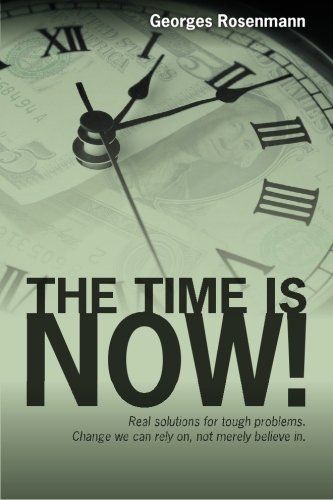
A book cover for The Time Is Now!: Real solutions for tough problems.  Change we can rely on, not merely believe in.; Mr. Georges Rosenmann; Crafts, Hobbies & Home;